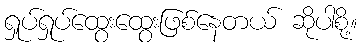
ရှုပ်ရှုပ်ထွေးထွေးဖြစ်နေတယ် ဆိုပါစို့။